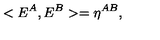
< E ^ { A } , E ^ { B } > = \eta ^ { A B } ,